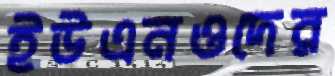
ইউএনওদের